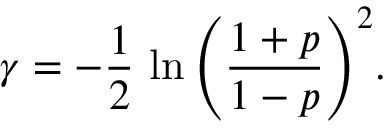
\gamma = - \frac { 1 } { 2 } \, \ln { \left( \frac { 1 + p } { 1 - p } \right) ^ { 2 } } .